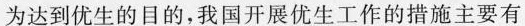
为达到优生的目的，我国开展优生工作的措施主要有